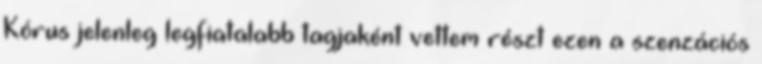
Kórus jelenleg legfiatalabb tagjaként vettem részt ezen a szenzációs